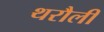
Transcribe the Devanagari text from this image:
थरौली